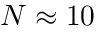
N \approx 1 0